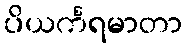
ပိယင်္ကရမာတာ